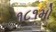
૧૮૧મો